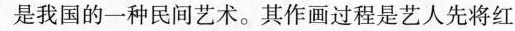
是我国的一种民间艺术。其作画过程是艺人先将红